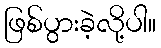
ဖြစ်ပွားခဲ့လို့ပါ။